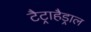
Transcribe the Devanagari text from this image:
टैट्राहैड्राल